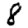
Digit: 8